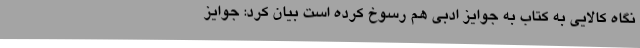
نگاه کالایی به کتاب به جوایز ادبی هم رسوخ کرده است بیان کرد: جوایز